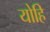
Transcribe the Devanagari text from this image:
योहि